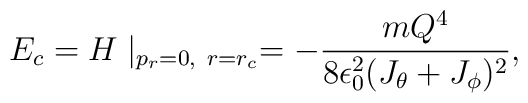
E_c=H\mid_{p_r=0,~r=r_c}=-{{mQ^4}\over{8\epsilon_0^2(J_\theta +J_\phi)^2}},